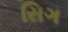
સિગ